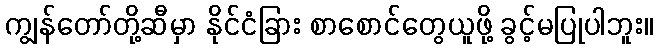
ကျွန်တော်တို့ဆီမှာ နိုင်ငံခြား စာစောင်တွေယူဖို့ ခွင့်မပြုပါဘူး။